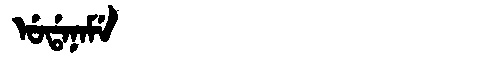
Manchu: ᡠᡩᠠᠨᠠᠮᡝ
Romanization: UDANAME